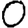
Digit: 0